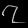
Digit: ၇